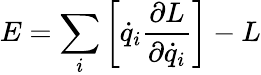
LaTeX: E=\sum_{i}\left[{\dot{q}}_{i}{\frac{\partial L}{\partial{\dot{q}}_{i}}}\right]-L